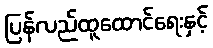
ပြန်လည်ထူထောင်ရေးနှင့်